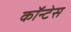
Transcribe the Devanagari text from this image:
कॉन्टेस